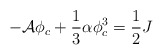
\begin{align*}-{\cal A}\phi_{c}+\frac{1}{3}\alpha\phi_{c}^{3}=\frac{1}{2}J\end{align*}